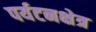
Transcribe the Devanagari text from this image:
पर्यटनक्षेत्र